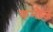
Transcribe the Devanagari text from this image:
कमोज